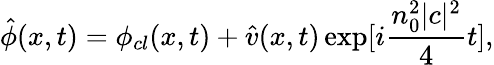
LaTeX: \hat{\phi}(x,t)=\phi_{cl}(x,t)+\hat{v}(x,t)\exp[{{i\frac{n_{0}^{2}|c|^{2}}{4}t}}],